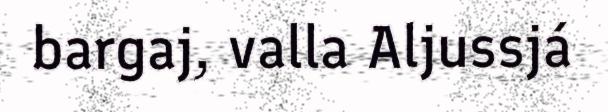
bargaj, valla Aljussjá